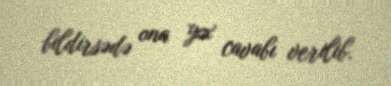
bildirsədə ona yox cavabı verilib.